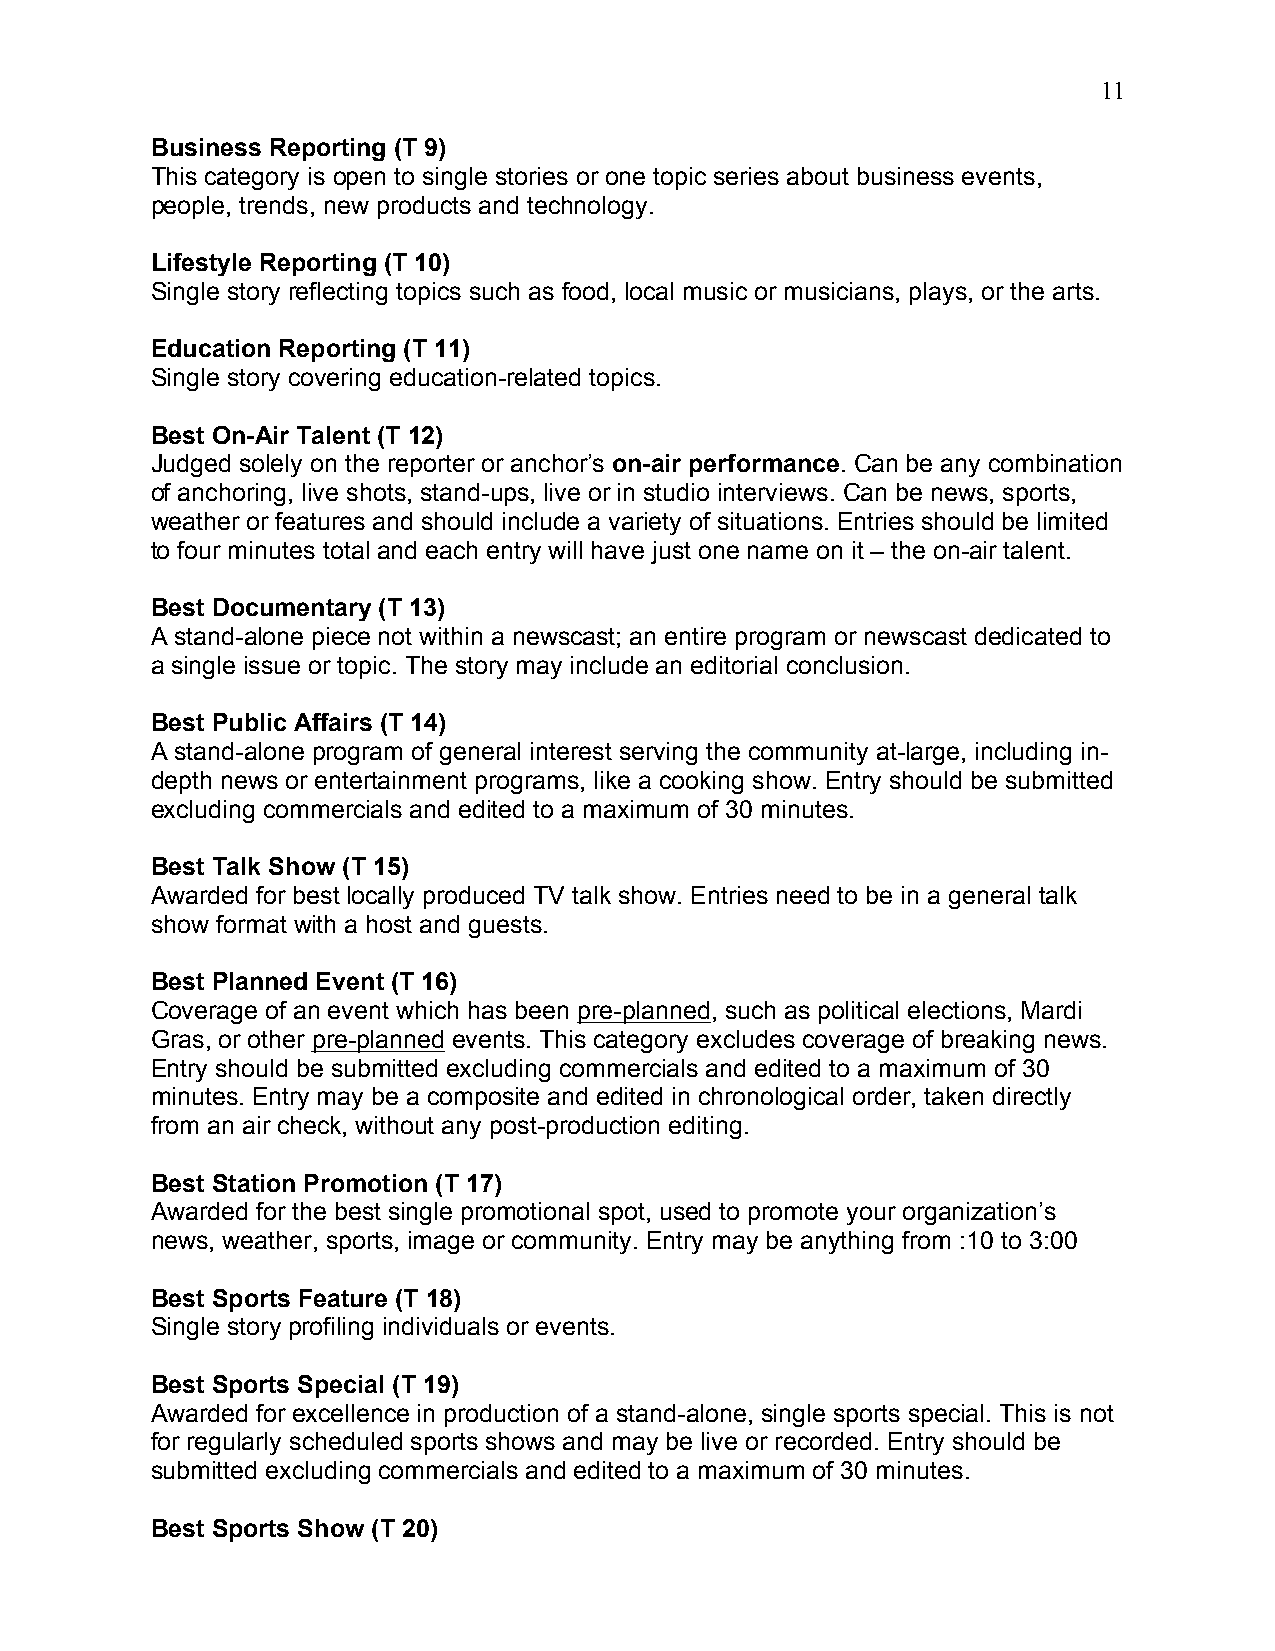
11
 Business Reporting (T 9)
 This category is open to single stories or one topic series about business events,
 people, trends, new products and technology.
 Lifestyle Reporting (T 10)
 Single story reflecting topics such as food, local music or musicians, plays, or the arts.
 Education Reporting (T 11)
 Single story covering education-related topics.
 Best On-Air Talent (T 12)
 Judged solely on the reporter or anchor’s on-air performance. Can be any combination
 of anchoring, live shots, stand-ups, live or in studio interviews. Can be news, sports,
 weather or features and should include a variety of situations. Entries should be limited
 to four minutes total and each entry will have just one name on it – the on-air talent.
 Best Documentary (T 13)
 A stand-alone piece not within a newscast; an entire program or newscast dedicated to
 a single issue or topic. The story may include an editorial conclusion.
 Best Public Affairs (T 14)
 A stand-alone program of general interest serving the community at-large, including in-
 depth news or entertainment programs, like a cooking show. Entry should be submitted
 excluding commercials and edited to a maximum of 30 minutes.
 Best Talk Show (T 15)
 Awarded for best locally produced TV talk show. Entries need to be in a general talk
 show format with a host and guests.
 Best Planned Event (T 16)
 Coverage of an event which has been pre-planned, such as political elections, Mardi
 Gras, or other pre-planned events. This category excludes coverage of breaking news.
 Entry should be submitted excluding commercials and edited to a maximum of 30
 minutes. Entry may be a composite and edited in chronological order, taken directly
 from an air check, without any post-production editing.
 Best Station Promotion (T 17)
 Awarded for the best single promotional spot, used to promote your organization’s
 news, weather, sports, image or community. Entry may be anything from :10 to 3:00
 Best Sports Feature (T 18)
 Single story profiling individuals or events.
 Best Sports Special (T 19)
 Awarded for excellence in production of a stand-alone, single sports special. This is not
 for regularly scheduled sports shows and may be live or recorded. Entry should be
 submitted excluding commercials and edited to a maximum of 30 minutes.
 Best Sports Show (T 20)